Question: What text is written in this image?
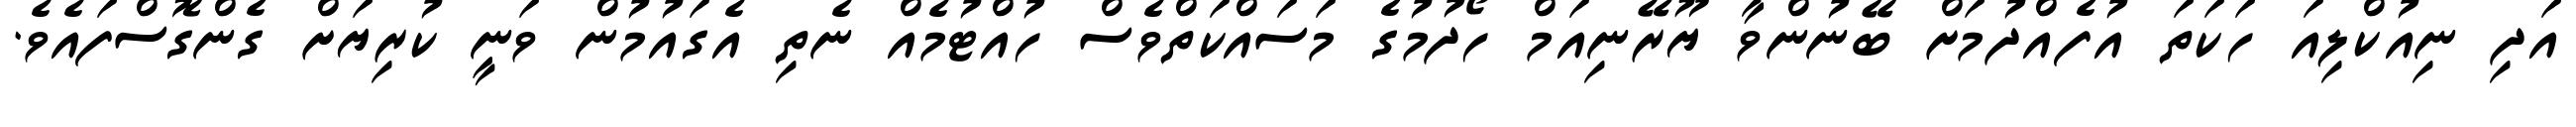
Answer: އަދި ނިއުކްލިއަ ހަކަތަ އުފެއްދުމަށް ބޭނުންވާ ޔޫރޭނިއަމް ހޯދުމުގެ މަސައްކަތްވެސް ހުއްޓުމެއް ނެތި އެގައުމުން ވަނީ ކުރިޔަށް ގެންގޮސްފައެވެ.